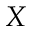
X